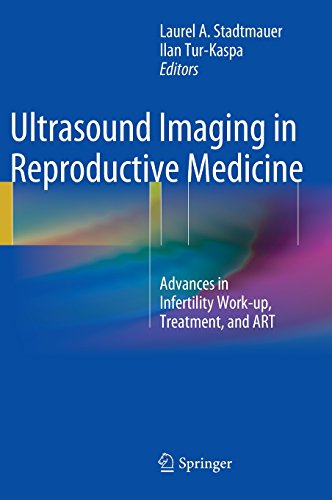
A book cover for Ultrasound Imaging in Reproductive Medicine: Advances in Infertility Work-up, Treatment, and ART; Health, Fitness & Dieting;